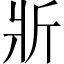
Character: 斨